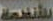
الأنقيمة